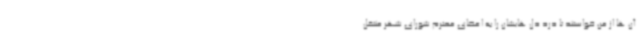
آن ها از من خواستند تا درد دل هایشان را به اعضای محترم شورای شهر منتقل